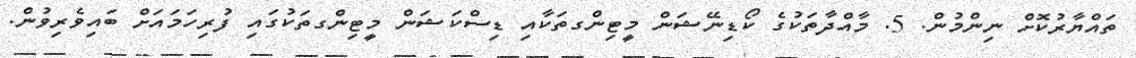
ތައްޔާރުކޮށް ނިންމުން. 5. މާއްދާތަކުގެ ކޯޑިނޭޝަން މީޓިންގތަކާއި ޑިސްކަޝަން މީޓިންގތަކުގައި ފުރިހަމައަށް ބައިވެރިވުން.